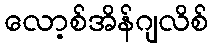
လော့စ်အိန်ဂျလိစ်